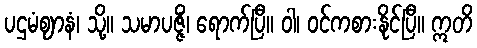
ပဌမံဈာနံ၊ သို့။ သမာပဇ္ဇိံ၊ ရောက်ပြီ။ ဝါ၊ ဝင်ကစားနိုင်ပြီ။ ဣတိ